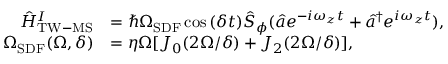
\begin{array} { r l } { \hat { H } _ { \mathrm { T W - M S } } ^ { I } } & { = \hbar \Omega _ { \mathrm { S D F } } \cos { ( \delta t ) } \hat { S } _ { \phi } ( \hat { a } e ^ { - i \omega _ { z } t } + \hat { a } ^ { \dagger } e ^ { i \omega _ { z } t } ) , } \\ { \Omega _ { \mathrm { S D F } } ( \Omega , \delta ) } & { = \eta \Omega [ J _ { 0 } ( 2 \Omega / \delta ) + J _ { 2 } ( 2 \Omega / \delta ) ] , } \end{array}